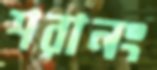
শরানং